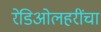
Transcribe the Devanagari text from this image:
रेडिओलहरींचा